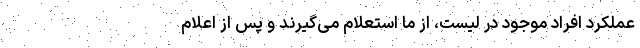
عملکرد افراد موجود در لیست، از ما استعلام می‌گیرند و پس از اعلام